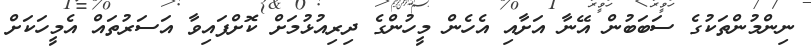
ނިންމުންތަކުގެ ސަބަބުން އޭނާ އަށާއި އެހެން މީހުންގެ ދިރިއުޅުމަށް ކޮށްފައިވާ އަސަރުތައް އެމީހަކަށް